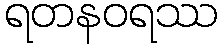
ရတနဝရဿ